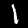
Label: 1